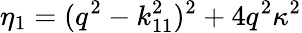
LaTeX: \eta_{1}=(q^{2}-k_{11}^{2})^{2}+4q^{2}\kappa^{2}